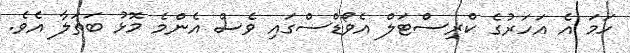
ހަމަ އެ އަހަރުގެ ކްރިސްޓަލް އެވޯޑްސްގައި ވެސް އެންމެ މޮޅު ބަތަލާ އެވެ.